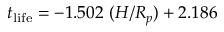
t _ { \mathrm { l i f e } } = - 1 . 5 0 2 ~ ( H / R _ { p } ) + 2 . 1 8 6